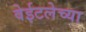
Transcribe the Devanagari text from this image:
वेईटलेच्या